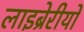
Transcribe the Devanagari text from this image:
लाइब्रेरीयों